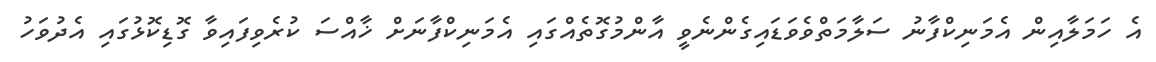
އެ ހަމަލާއިން އެމަނިކްފާނު ސަލާމަތްވެވަޑައިގެންނެވީ އާންމުގޮތެއްގައި އެމަނިކްފާނަށް ޚާއްސަ ކުރެވިފައިވާ ގޮޑިކޮޅުގައި އެދުވަހު